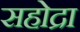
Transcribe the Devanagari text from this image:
सहोद्रा